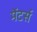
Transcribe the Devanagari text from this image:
मेंटर्स